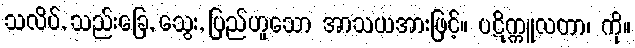
သလိပ်, သည်းခြေ, သွေး, ပြည်ဟူသော အာသယအားဖြင့်။ ပဋိက္ကူလတာ၊ ကို။